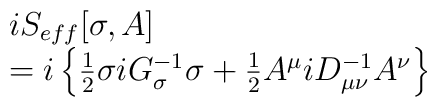
\begin{array}{ll}iS_{eff}[\sigma,A]&\hspace*{21em}\\=i\left\{  \frac12 \sigma iG^{-1}_{\sigma} \sigma + \frac12 A^\mu iD^{-1}_{\mu \nu} A^\nu\right\}&\hspace*{21em}\end{array}